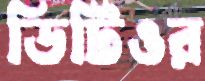
ডিটিওর